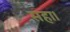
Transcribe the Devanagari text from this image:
सहा।